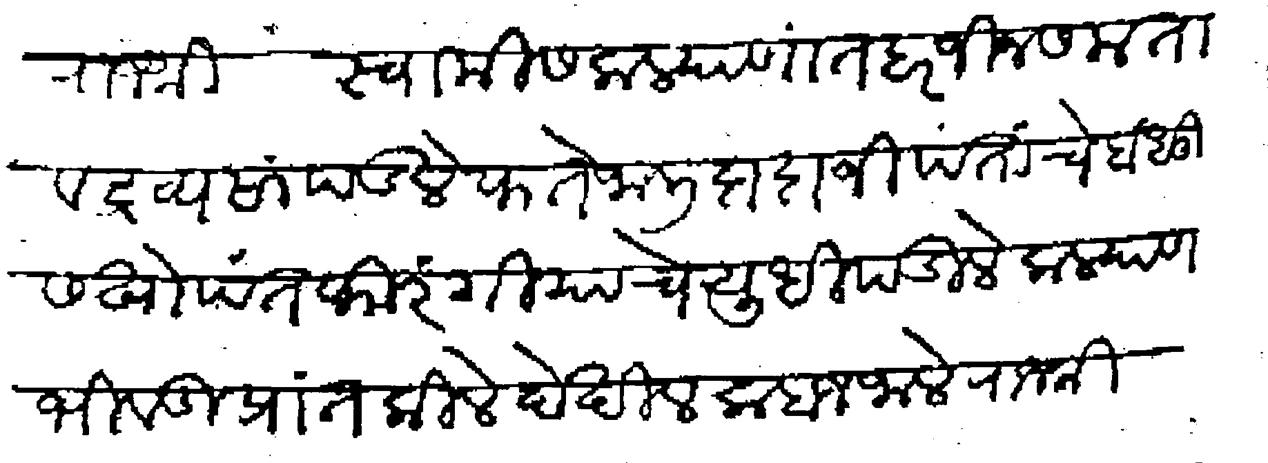
Transliteration (Devanagari): राजश्री स्वामीस कल्याणात हर जीनस मता व द्रव्य सांपडले फतेजाली दादाजी पंतांचे बंधु सखो पंत फिरंगी याचे युधी पडिले कल्याण भिवंडी प्रांत किले देखील कबज जाले राजश्री